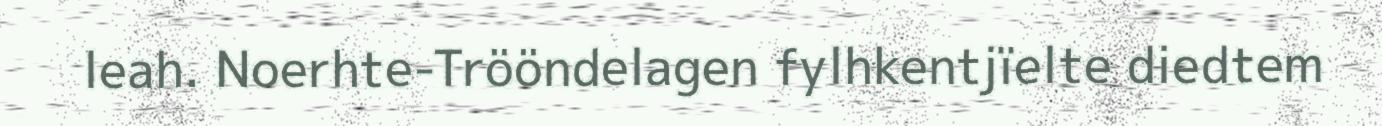
leah. Noerhte-Trööndelagen fylhkentjïelte diedtem